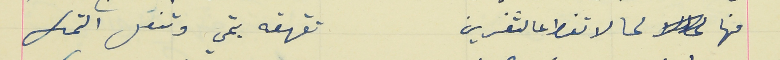
منها لحالا تنط عالثغرين                                          تقهقه بتمي وتنقل التمك